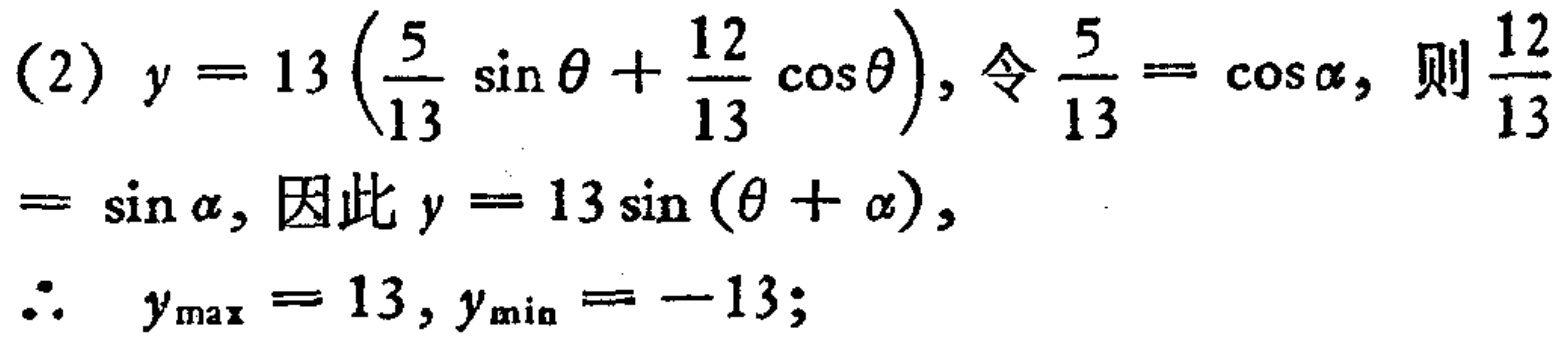
(2) \(y = 13\left(\frac{5}{13}\sin\theta+\frac{12}{13}\cos\theta\right)\), 令\(\frac{5}{13}=\cos\alpha\), 则\(\frac{12}{13}=\sin\alpha\), 因此\(y = 13\sin(\theta+\alpha)\),

\(\therefore\  y_{\max}=13,y_{\min}=-13\);